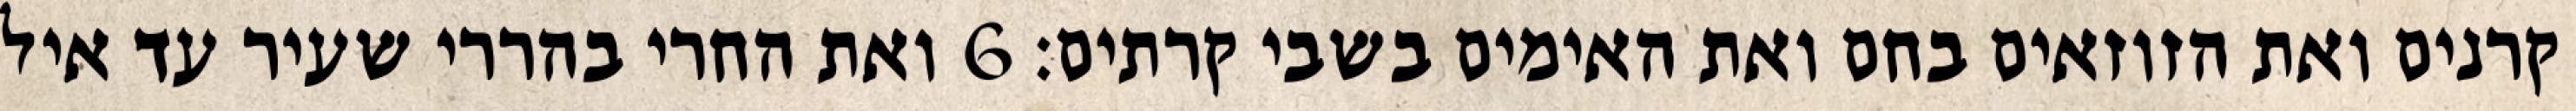
קרנים ואת הזוזאים בחם ואת האימים בשבי קרתים׃ ‎6‏ ואת החרי בהררי שעיר עד איל